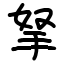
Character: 拏